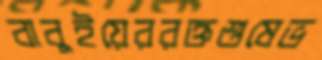
বাবুইয়েররক্তশুষেভ